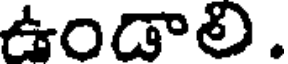
ఉండాలి.